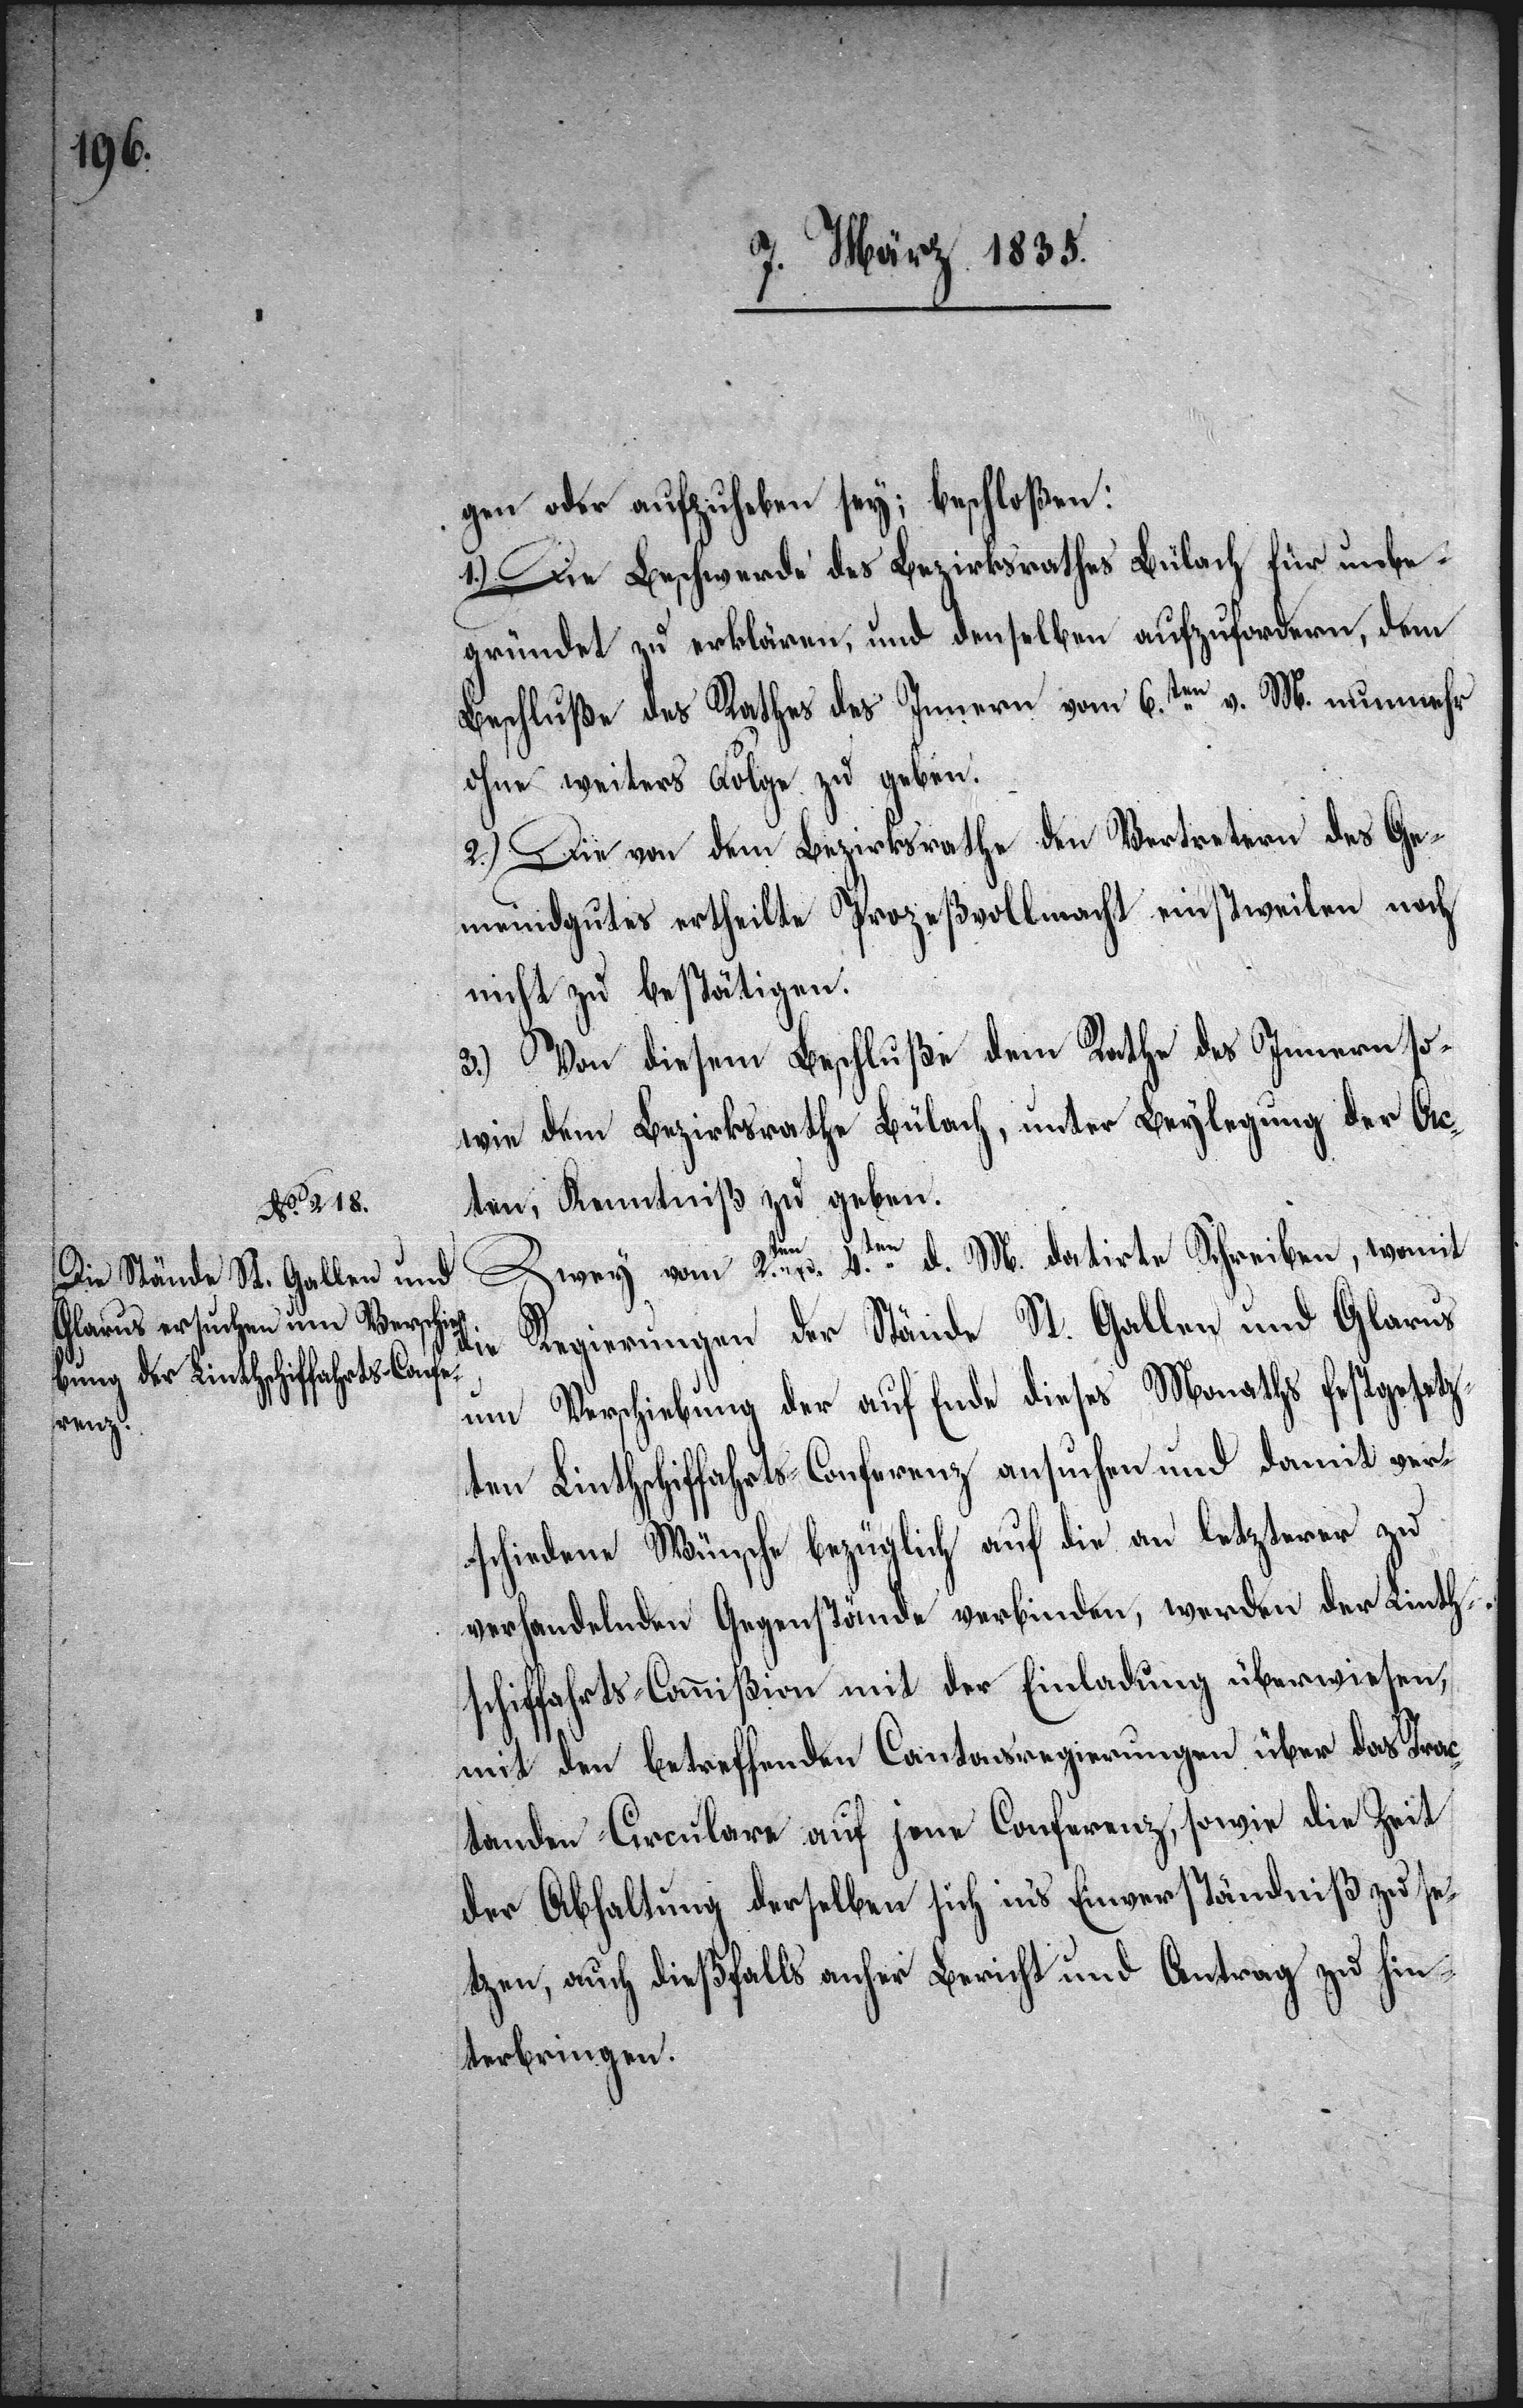
gen oder aufzuheben sey; beschloßen:
1.) Die Beschwerde des Bezirksrathes Bülach für unbe¬
gründet zu erklären, und denselben aufzufordern, dem
Beschluße des Rathes des Innern vom 6.ten v. M. nunmehr
ohne weiteres Folge zu geben.
2.) Die von dem Bezirksrathe den Vertretern des Ge¬
meindgutes ertheilte Prozeßvollmacht einstweilen noch
nicht zu bestätigen.
3.) Von diesem Beschluße dem Rathe des Innern so¬
wie dem Bezirksrathe Bülach, unter Beylegung der Ac¬
ten, Kenntniß zu geben.
Zwey, vom 2.ten u. 4.ten d. M. datirte Schreiben, womit
Regierungen der Stände St. Gallen und Glarus
die
um Verschiebung der auf Ende dieses Monaths festgesetz¬
ten Linthschiffahrts-Conferenz ansuchen und damit ver¬
schiedene Wünsche bezüglich auf die an letzterer zu
verhandelnden Gegenstände verbinden, werden der Linth¬
schiffahrts-Commißion mit der Einladung überwiesen,
mit den betreffenden Cantonsregierungen über das Trac¬
tanden-Cirulare auf jene Conferenz, sowie die Zeit
der Abhaltung derselben sich ins Einverständniß zu se¬
tzen, auch dießfalls anher Bericht und Antrag zu hin¬
terbringen.